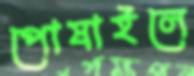
পোষাইলে